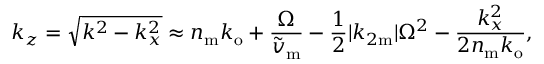
k _ { z } = \sqrt { k ^ { 2 } - k _ { x } ^ { 2 } } \approx n _ { \mathrm { m } } k _ { \mathrm { o } } + \frac { \Omega } { \widetilde { v } _ { \mathrm { m } } } - \frac { 1 } { 2 } | k _ { 2 \mathrm { m } } | \Omega ^ { 2 } - \frac { k _ { x } ^ { 2 } } { 2 n _ { \mathrm { m } } k _ { \mathrm { o } } } ,